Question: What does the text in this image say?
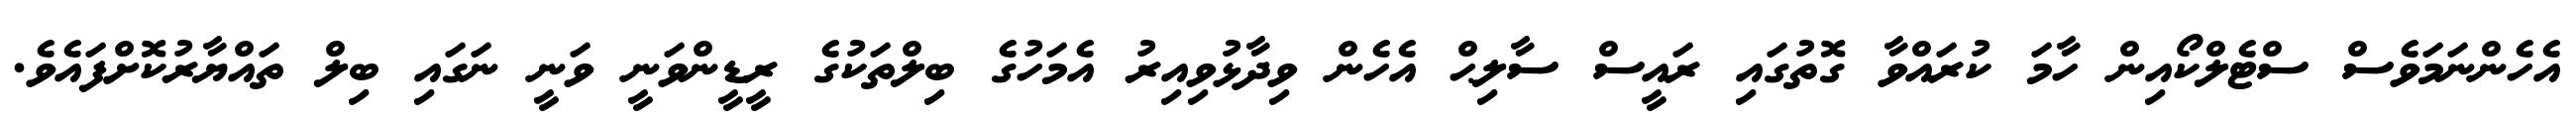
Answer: އެހެންނަމަވެސް ސްޓެލްކޯއިން ހާމަ ކުރައްވާ ގޮތުގައި ރައީސް ސާލިޙް އެހެން ވިދާޅުވިއިރު އެމަހުގެ ބިލްތަކުގެ ރީޑީންވަނީ ވަނީ ނަގައި ބިލް ތައްޔާރުކޮށްފައެވެ.